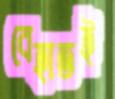
বেহাতই